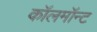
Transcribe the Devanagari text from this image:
कॉलमॉन्ट